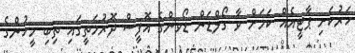
ހަރުކަށި ޕާޓީއެއް ކަމަށް ވާ ގޯލްޑަން ޑޯވންގެ އޮފީސް ދޮރުމަތީގައި ތިބި މީހުންގެ